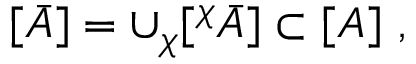
[ \bar { A } ] = \cup _ { \chi } [ ^ { \chi } \bar { A } ] \subset [ A ] \ ,